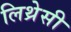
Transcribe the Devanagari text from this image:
लिथ्रेसी